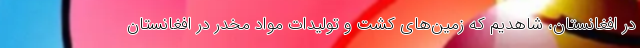
در افغانستان، شاهدیم که زمین‌های کشت و تولیدات مواد مخدر در افغانستان